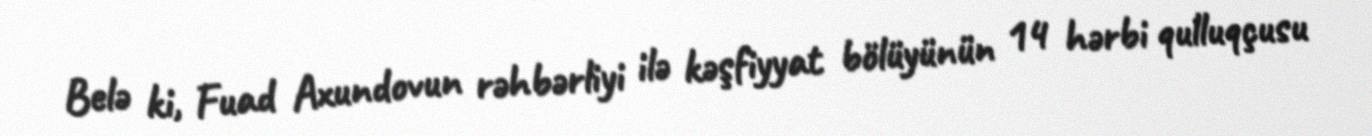
Belə ki, Fuad Axundovun rəhbərliyi ilə kəşfiyyat bölüyünün 14 hərbi qulluqçusu